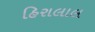
હિરાલાલ